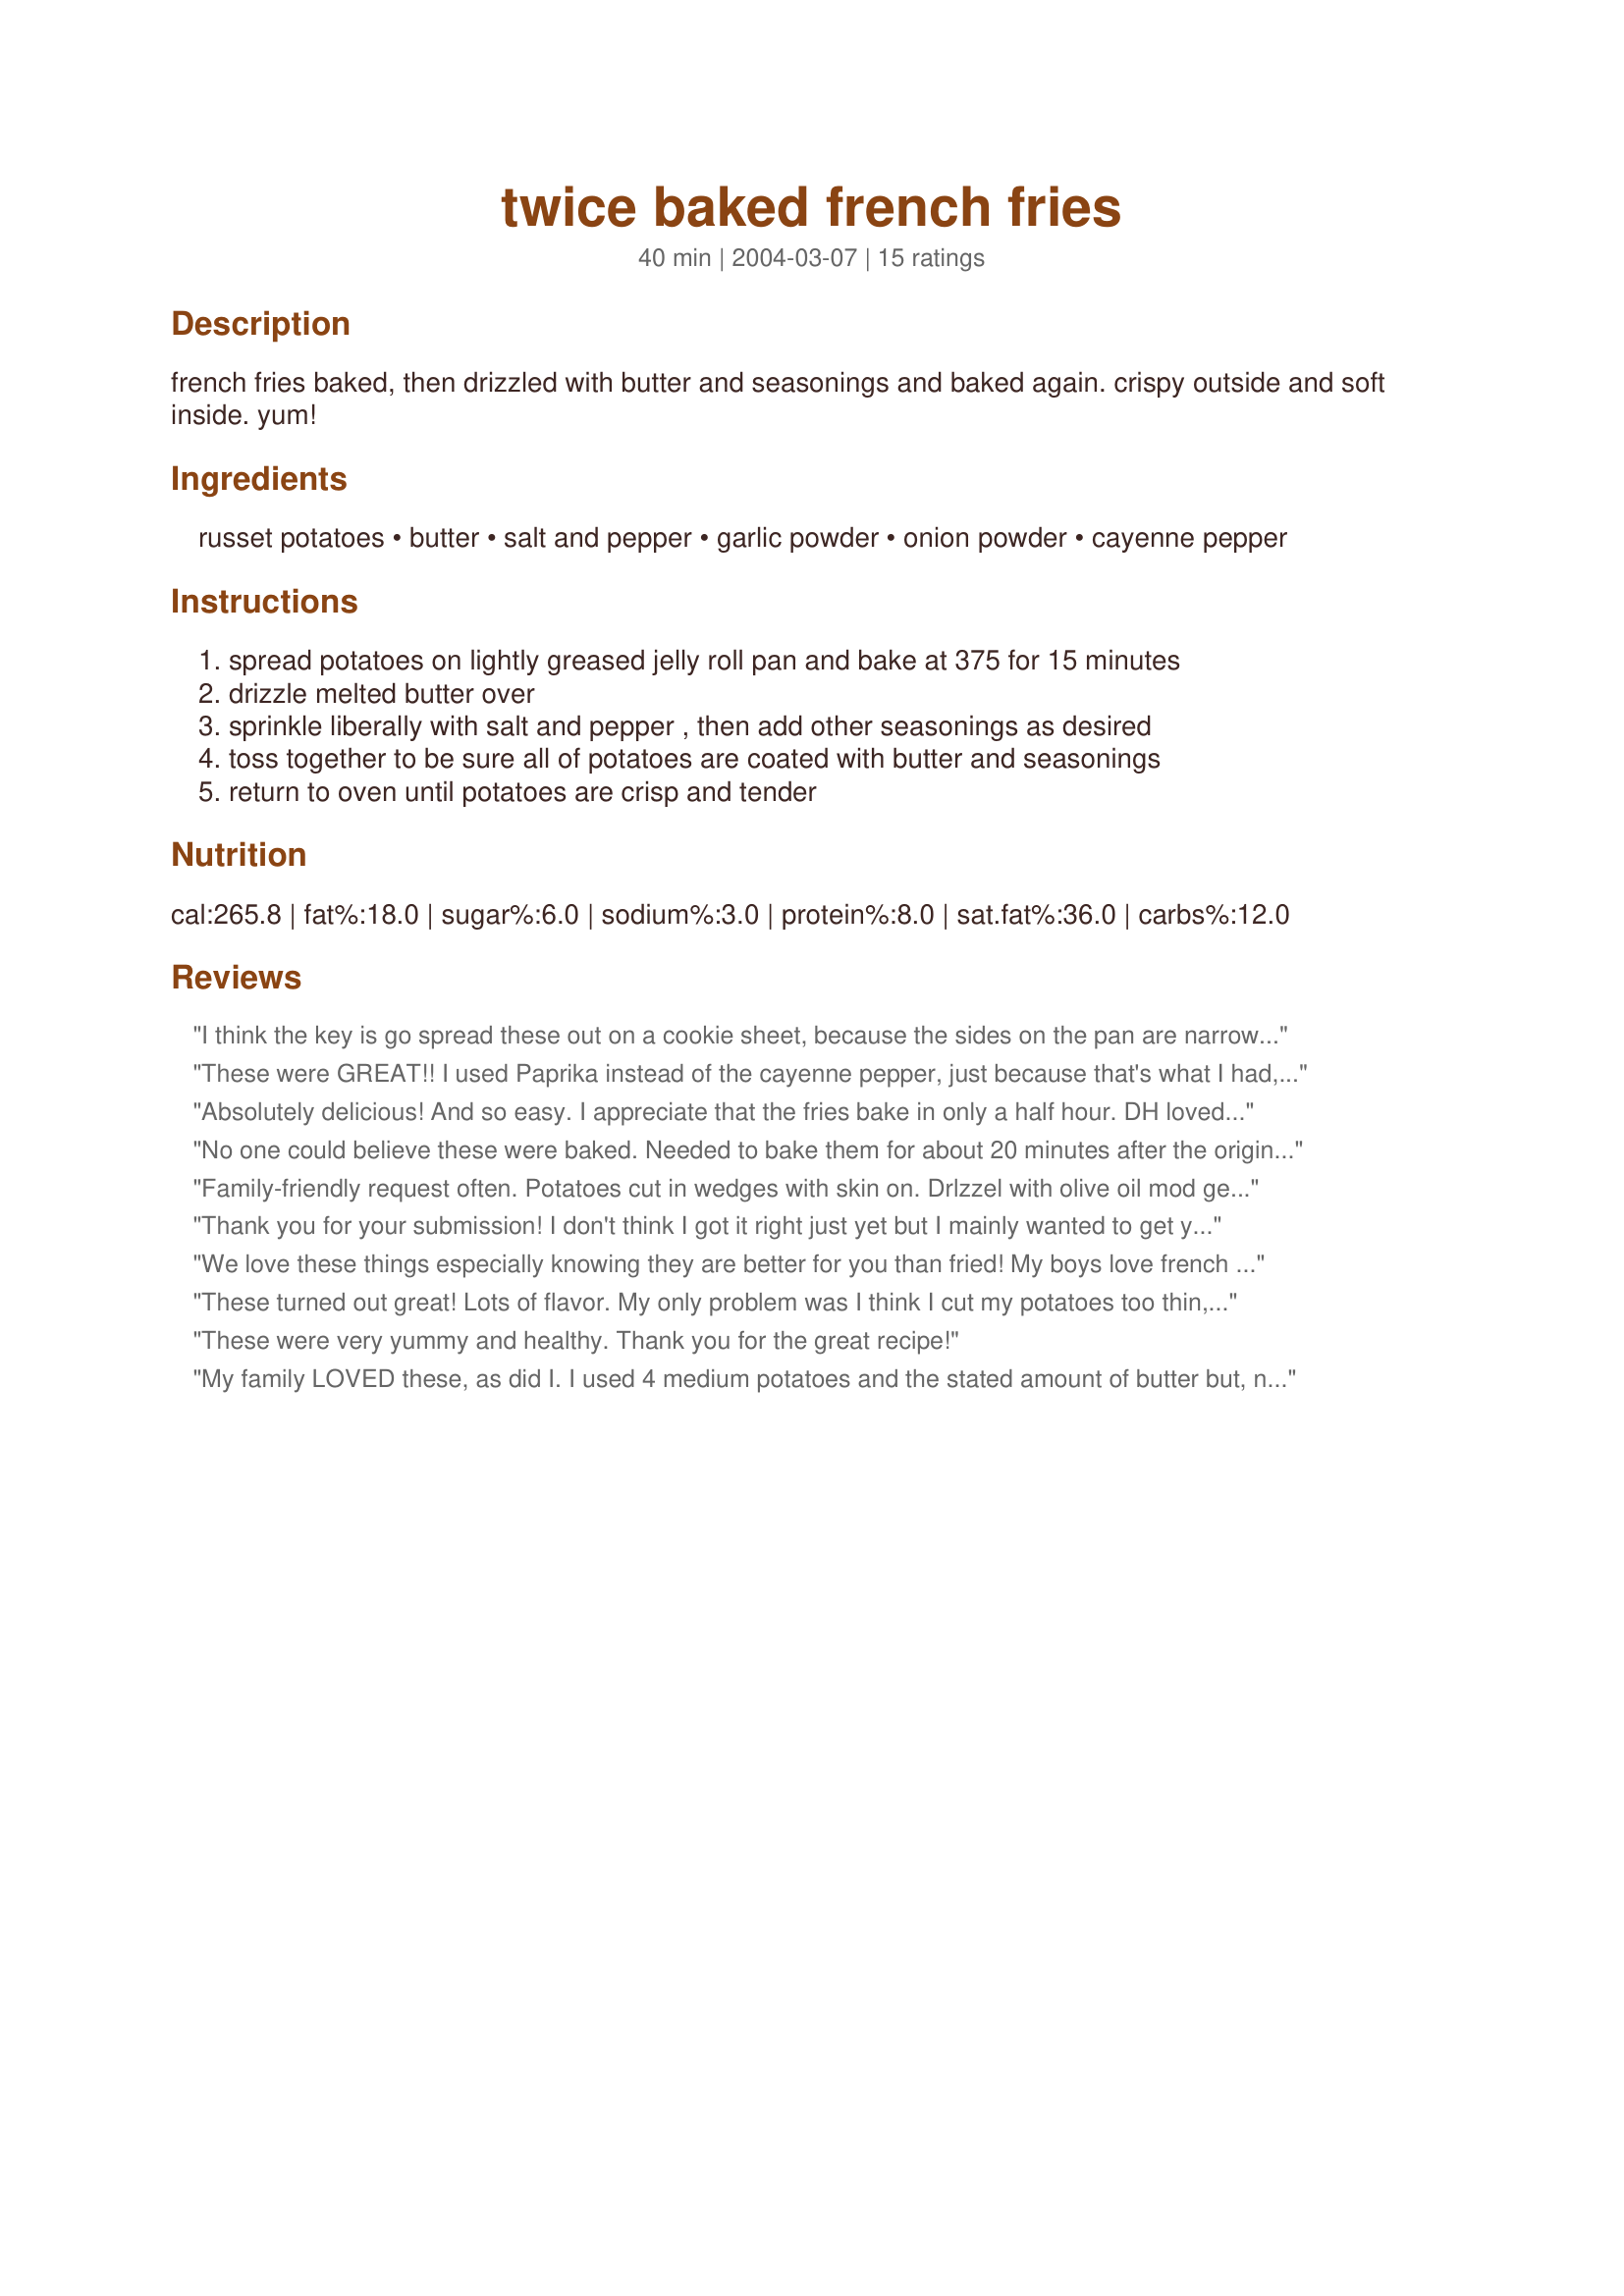
twice baked french fries
Preparation time: 40 minutes

french fries baked, then drizzled with butter and seasonings and baked again. crispy outside and soft inside. yum!

Ingredients:
russet potatoes, butter, salt and pepper, garlic powder, onion powder, cayenne pepper

Steps:
spread potatoes on lightly greased jelly roll pan and bake at 375 for 15 minutes, drizzle melted butter over, sprinkle liberally with salt and pepper , then add other seasonings as desired, toss together to be sure all of potatoes are coated with butter and seasonings, return to oven until potatoes are crisp and tender

Reviews:
I think the key is go spread these out on a cookie sheet, because the sides on the pan are narrow, and the fries can cook better in the oven. These came out excellent. I did omit the cayenne pepper, as I wasn't sure everyone would like them spicy. I had malt vinegar on mine and they were so yummy I could have eaten the whole batch myself! Made along with your burger recipe. Quite a meal Marie!
These were GREAT!! I used Paprika instead of the cayenne pepper, just because that's what I had, but they turned out wonderful! I've already been asked for the recipe by friends.
Absolutely delicious! And so easy. I appreciate that the fries bake in only a half hour. DH loved them. I'll definitely be making these over and over, playing with different spice combinations.
No one could believe these were baked. Needed to bake them for about 20 minutes after the original 15 minutes, but they turned out nice and crisp outside and tender inside.
Family-friendly request often. Potatoes cut in wedges with skin on. Drlzzel with olive oil mod generous amounts of pappies seasoning. Place on parchmenpaper on cookie sheet skin side down sprinkle with pappy's season again bake 450 for 45 minutes. Family will go ape for them.
Thank you for your submission!
I don't think I got it right
just yet but I mainly wanted
to get your twice baked method
down. I couldn't use the 
cayanne because I have a toddler. I have been having
a problem making great baked 
fries. However, your recipe got me closer. I also think
it is in the way the potatoes are cut in that they need to be cut somewhat similarly in order to have the same cook time. Anyway, I gave a decent
rating cause with everything else (minus the onion seasoning too), my husband and toddler liked them. They weren't perfect because I don't think I kept them in the oven long enought the second time perhaps. But you have steered me in the right direction. Thanks!
We love these things especially knowing they are better for you than fried! My boys love french fries and I was looking for something a little different than just plain. I loved the addition of the garlic and onion powder. I went really easy on the cayenne as the boys don't care for hot too much usually. We all agree this is 5 stars all the way!
These turned out great! Lots of flavor. My only problem was I think I cut my potatoes too thin, so they were too crispy. I'll know better next time.
These were very yummy and healthy. Thank you for the great recipe!
My family LOVED these, as did I. I used 4 medium potatoes and the stated amount of butter but, next time, I'm using less butter because the buttery flavor was pretty intense (but OH so good!). The second bake on the potatoes took about 30-40 minutes to get them browned and crispy. I used a non-stick jellyroll pan and the only seasoning I used was salt, which is just our preference. Thanks Marie for another keeper :)
These ended up a little soggy... but they tasted good all the same!
The use of butter really make baked fries extraordinary. I usually make them with olive oil but definitely butter wins. I only seasoned with salt and pepper and don't feel I missed out on any flavor. I used red potatoes since they were on hand and cut them thin about .5 cm. I placed them on aluminum foil on top of a cooking sheet. They stuck to the foil a little so I might try next time as your recipe suggests.
Just great..easy and goes great with fish..Thanks
Next time I'll not use as much butter....other than that the flavor was wonderful! Very easy side to make!
excellant fries the best i ever made without deep frying thanks
